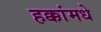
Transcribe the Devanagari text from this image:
हक्कांमधे